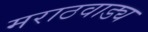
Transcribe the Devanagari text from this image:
मराठवाड्य